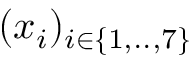
( x _ { i } ) _ { i \in \{ 1 , . . , 7 \} }